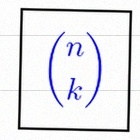
\binom{n}{k}